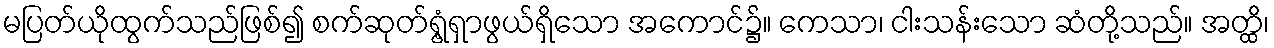
မပြတ်ယိုထွက်သည်ဖြစ်၍ စက်ဆုတ်ရွံ့ရှာဖွယ်ရှိသော အကောင်၌။ ကေသာ၊ ငါးသန်းသော ဆံတို့သည်။ အတ္ထိ၊